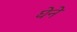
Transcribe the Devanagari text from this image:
घेने